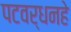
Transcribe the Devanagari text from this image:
पटवर्धनहे